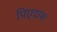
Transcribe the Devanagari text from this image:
पिएद्रास